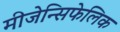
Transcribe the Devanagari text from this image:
मीजेन्सिफेलिक